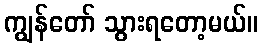
ကျွန်တော် သွားရတော့မယ်။